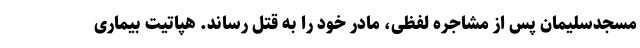
مسجدسلیمان پس از مشاجره لفظی، مادر خود را به قتل رساند. هپاتیت بیماری